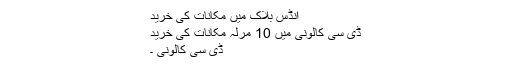
انڈس بلاک میں مکانات کی خرید
ڈی سی کالونی میں 10 مرلہ مکانات کی خرید
ڈی سی کالونی ۔